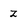
Character: Z